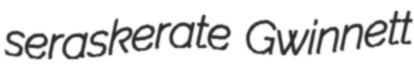
seraskerate Gwinnett